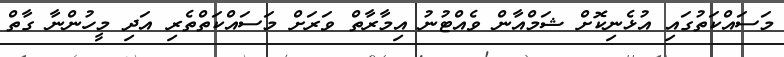
މަސައްކަތުގައި އުޅެނިކޮށް ޝަމްއާން ވެއްޓުނު އިމާރާތް ވަރަށް މަސައްކަތްތެރި އަދި މީހުންނާ ގާތް